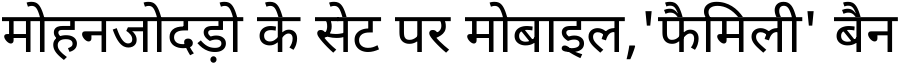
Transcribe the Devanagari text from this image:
मोहनजोदड़ो के सेट पर मोबाइल,'फैमिली' बैन